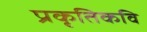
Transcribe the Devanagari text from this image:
प्रकृतिकवि